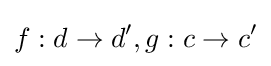
f:d\to d',g:c\to c'